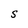
Character: S